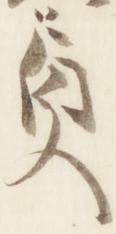
貞